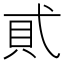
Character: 𧴮